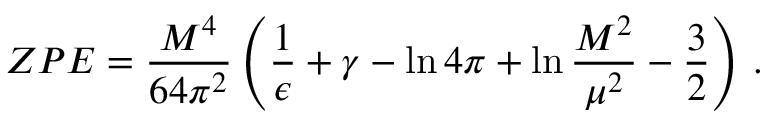
Z P E = \frac { M ^ { 4 } } { 6 4 \pi ^ { 2 } } \left( \frac { 1 } { \epsilon } + \gamma - \ln 4 \pi + \ln \frac { M ^ { 2 } } { \mu ^ { 2 } } - \frac { 3 } { 2 } \right) \, .